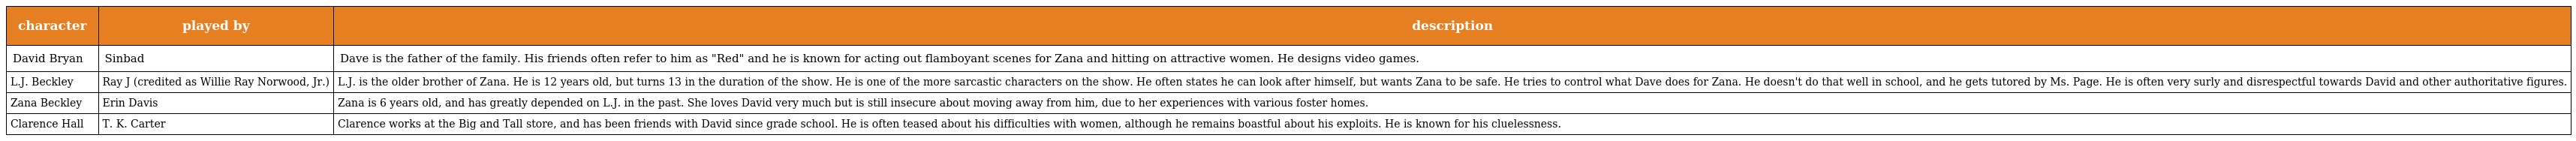
| character | played by | description |
 | --- | --- | --- |
 | David Bryan | Sinbad | Dave is the father of the family. His friends often refer to him as "Red" and he is known for acting out flamboyant scenes for Zana and hitting on attractive women. He designs video games. |
 | L.J. Beckley | Ray J (credited as Willie Ray Norwood, Jr.) | L.J. is the older brother of Zana. He is 12 years old, but turns 13 in the duration of the show. He is one of the more sarcastic characters on the show. He often states he can look after himself, but wants Zana to be safe. He tries to control what Dave does for Zana. He doesn't do that well in school, and he gets tutored by Ms. Page. He is often very surly and disrespectful towards David and other authoritative figures. |
 | Zana Beckley | Erin Davis | Zana is 6 years old, and has greatly depended on L.J. in the past. She loves David very much but is still insecure about moving away from him, due to her experiences with various foster homes. |
 | Clarence Hall | T. K. Carter | Clarence works at the Big and Tall store, and has been friends with David since grade school. He is often teased about his difficulties with women, although he remains boastful about his exploits. He is known for his cluelessness. |